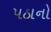
પઠાનો